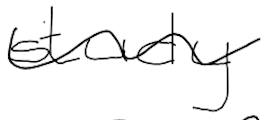
Text: study
Cross-out: wave
Writing tool: digital_black